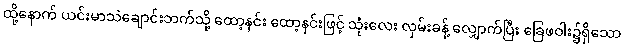
ထို့နောက် ယင်းမာသဲချောင်းဘက်သို့ ထော့နင်း ထော့နင်းဖြင့် သုံးလေး လှမ်းခန့် လျှောက်ပြီး ခြေဖဝါး၌ရှိသော